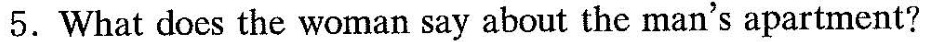
5.What does the woman say about the man's apartment?